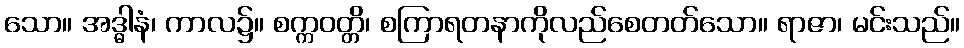
သော။ အဒ္ဓါနံ၊ ကာလ၌။ စက္ကဝတ္တိ၊ စကြာရတနာကိုလည်စေတတ်သော။ ရာဇာ၊ မင်းသည်။